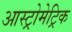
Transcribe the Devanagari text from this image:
आस्ट्रोमेट्रिक